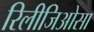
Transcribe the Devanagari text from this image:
रिलीजिओसा